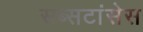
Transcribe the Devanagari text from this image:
सब्सटांसेस